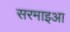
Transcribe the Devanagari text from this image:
सरमाइआ